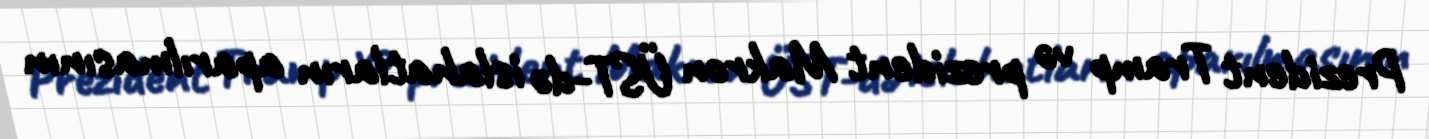
Prezident Tramp və prezident Makron ÜST-də islahatların aparılmasının